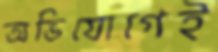
অভিযোগেই